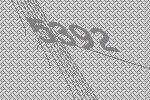
5392